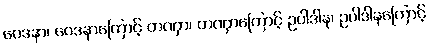
ဝေဒနာ၊ ဝေဒနာကြောင့် တဏှာ၊ တဏှာကြောင့် ဥပါဒါန၊ ဥပါဒါနကြောင့်